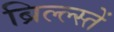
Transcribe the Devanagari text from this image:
ब्रिल्ल्स्तें